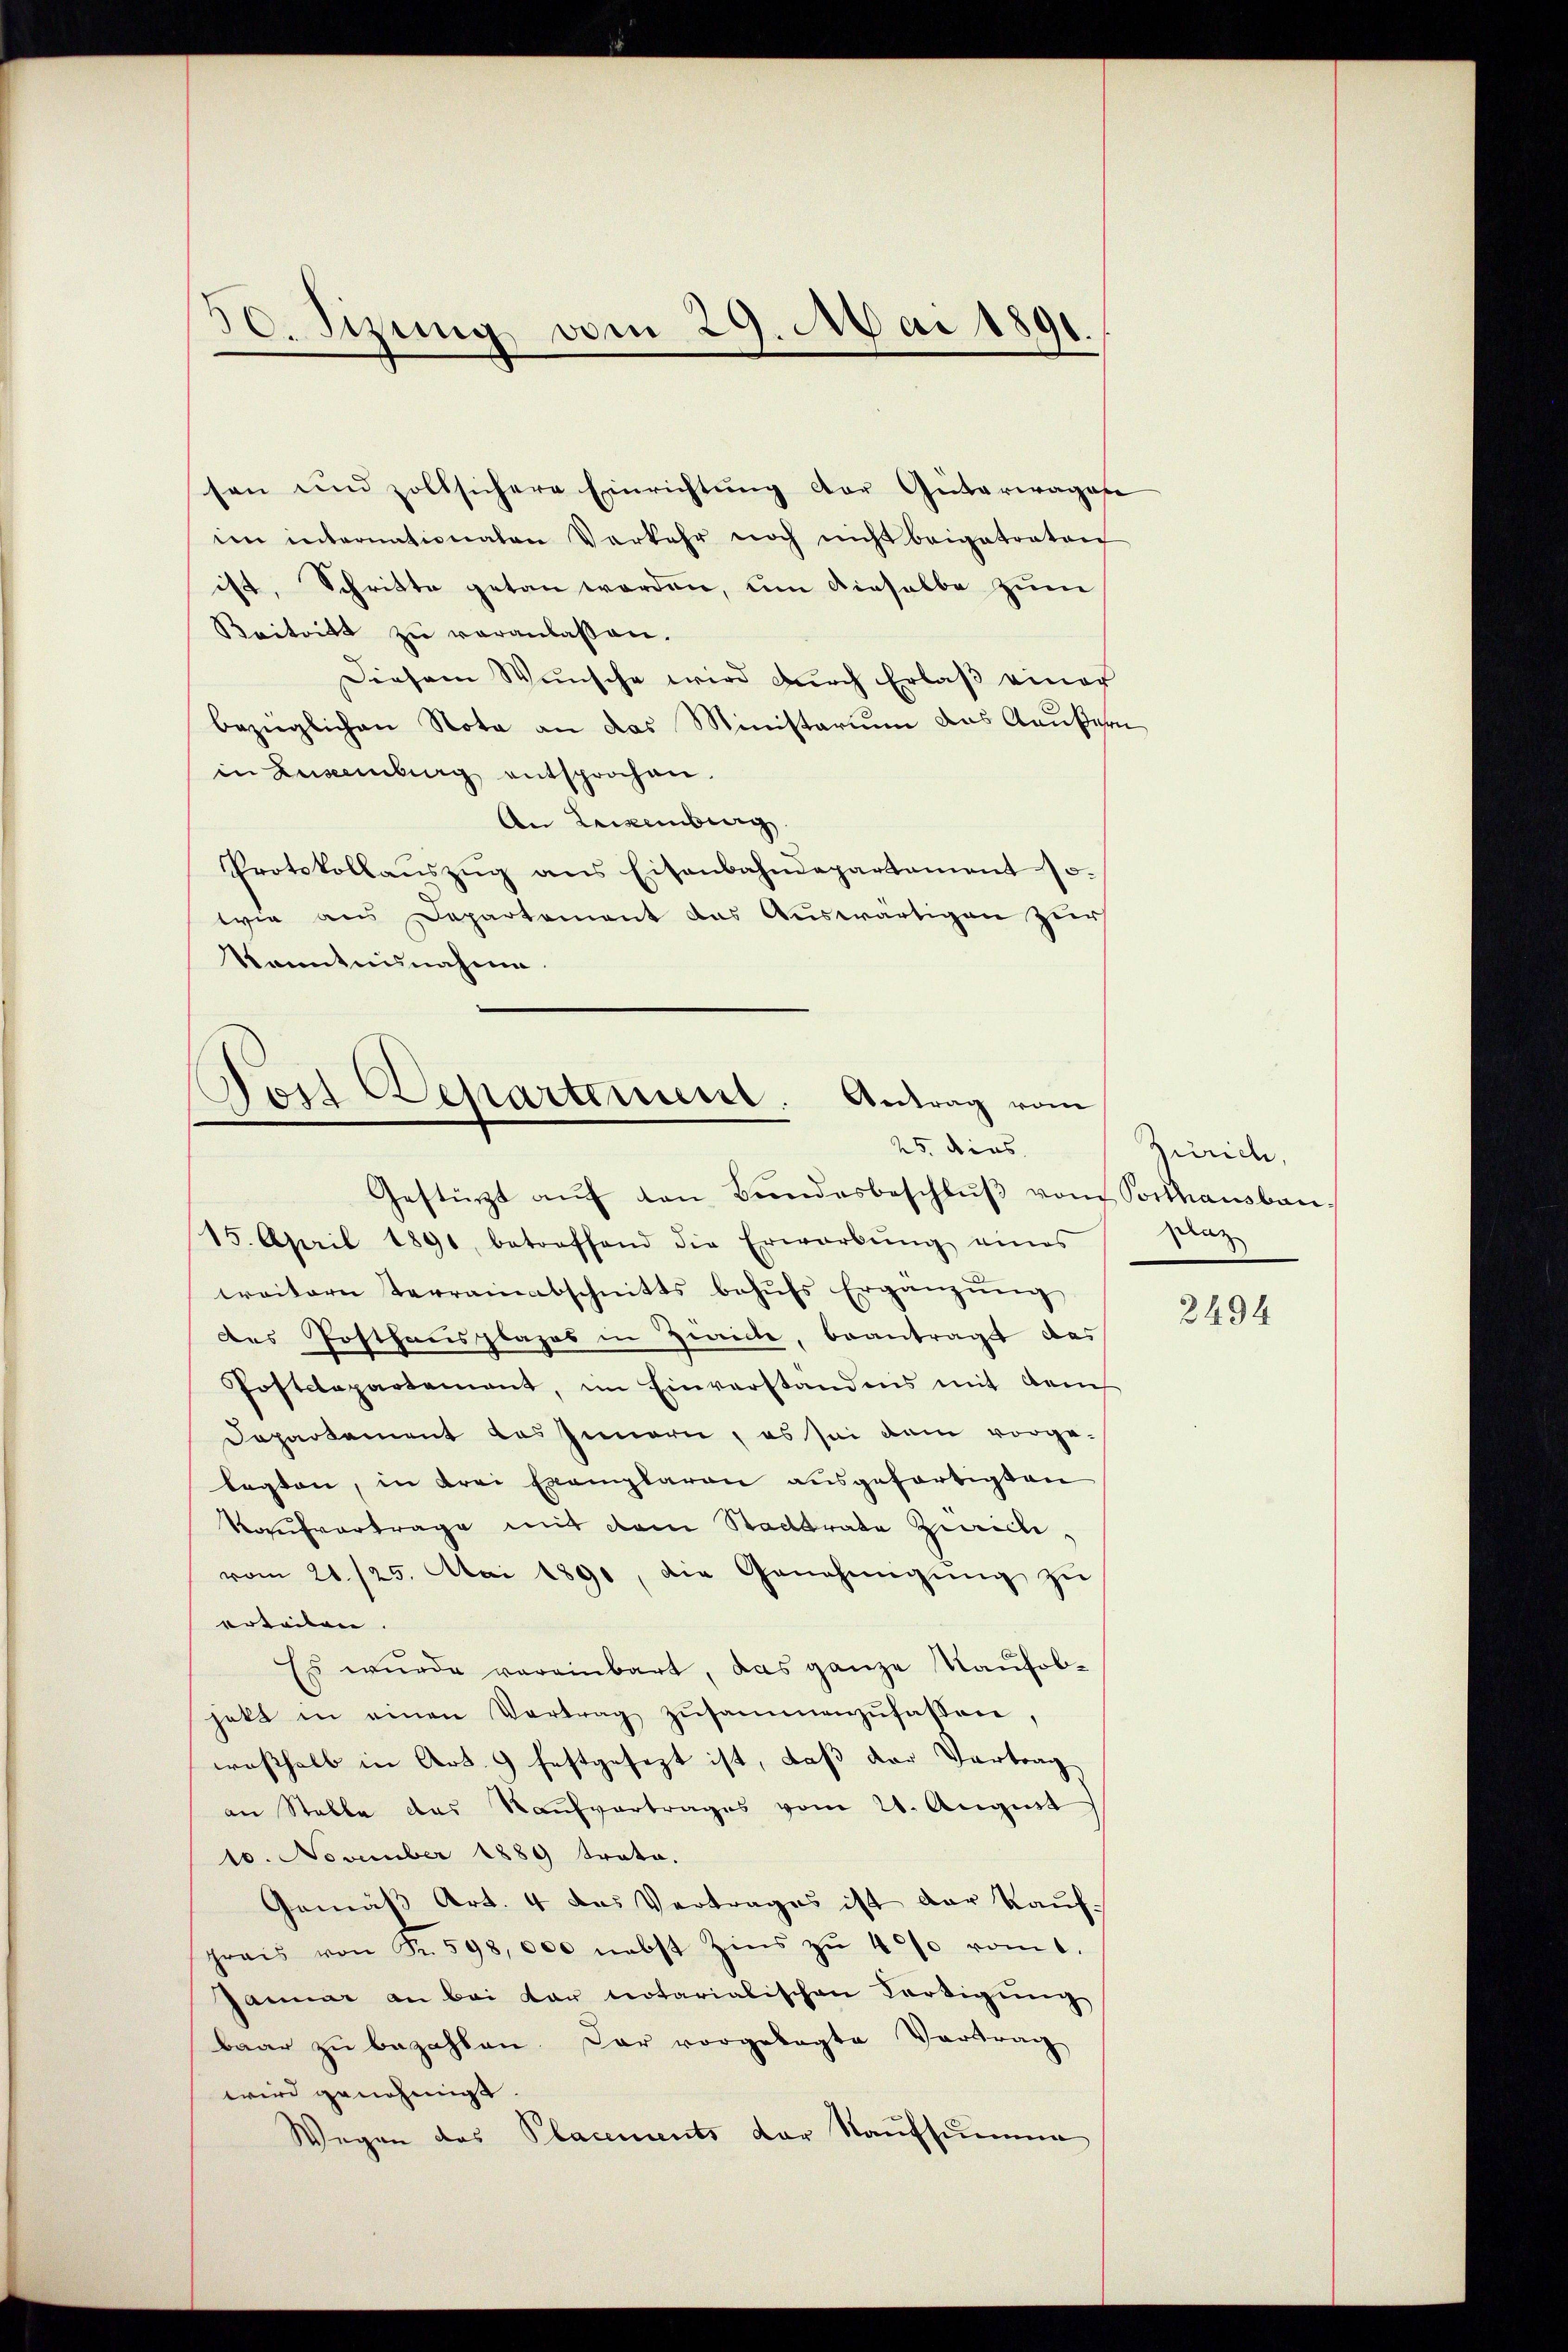
30. Sizung vom 29. Mai 1891

sen und zollsichere Einrichtung der Güterwagen
im internationaten Verkehr noch nicht beigetraten
ist. Schritte getan worden, um dieselbe zum
Beitritt zu veranlassen.
Diesem Wünsche wird dŭrch Erlaβ einer
bezieglichen Nota an das Ministerium das Aeußern
in Zuseemburg entsprochen.
An Leisenberg
Protokollaŭszŭg ans Eisenbahndepartament 15.
wie aus Departement das Auswärtigen zur
Kanntnisnahme.

Post Departement.
Antrag vom
25. dies

Gestürzt auf den Bundesbeschluß vom Posthausbau
15. April 1891 betreffend die Erwarbŭng eines
weitern Terrainabschnitts behŭfs Ergänzŭng
des Posthausplazes in Zwicke, beantragt das
Postclapartement, im Einverstandens mit dems
Dapartement des Innern, es sei dem vorge-
legten, in drei Exemplaren ausgefertigten
Kaufvertrage mit dem Stadtrate Zürich.
vom 21./25. Mai 1891, die Genehmigŭng zŭ
erteilen. |
Es wurde vereinbart, das ganze Kaufobhett in einen Vertrag zusammenzufassen.
wesshalb in Art. 9 festgesezt ist, daß der Vortrag
an Stelle das Kaŭfvertrages vom 21. August
10. November 1889 trata.
Gemäß Art. 4 das Vertrages ist der Kauf-
preis von Fr. 598,000 nebst Zins zu 40% vom
Januar an bei der notarialischen Fertigung
baar zu bezahlen. Der vorgelegte Vortrag
wird genehmigt.
Wegen des Placements der Kaufsumme

Zürich,
Dunz

2494